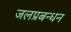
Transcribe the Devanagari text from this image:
जलप्रबन्धन